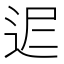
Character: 𨒈